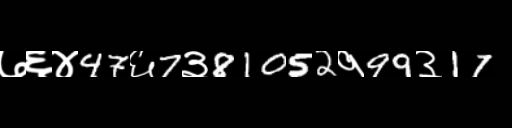
Text: ७६४47६7३81052१99३17